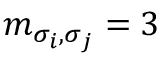
m _ { \sigma _ { i } , \sigma _ { j } } = 3